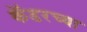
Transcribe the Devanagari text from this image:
कॅडरच्या